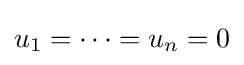
u_{1}=\cdots =u_{n}=0